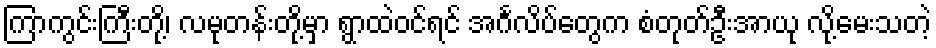
ကြာကွင်းကြီးတို့၊ လမုတန်းတို့မှာ ရွာထဲဝင်ရင် အင်္ဂလိပ်တွေက စံတုတ်ဦးအာယု လို့မေးသတဲ့